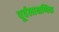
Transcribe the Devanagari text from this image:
पूर्वलाक्षणिक